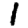
Digit: 1